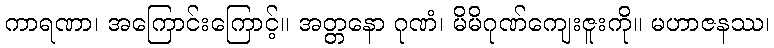
ကာရဏာ၊ အကြောင်းကြောင့်။ အတ္တနော ဂုဏံ၊ မိမိဂုဏ်ကျေးဇူးကို။ မဟာဇနဿ၊